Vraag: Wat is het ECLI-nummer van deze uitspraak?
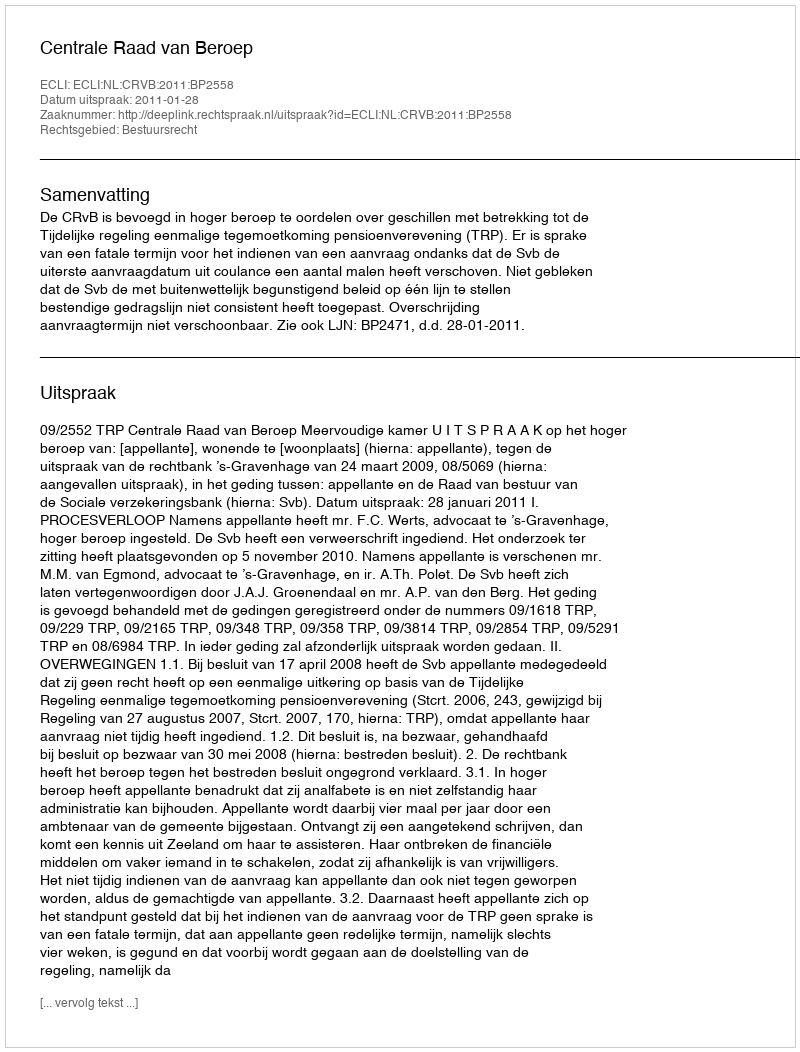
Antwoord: ECLI:NL:CRVB:2011:BP2558